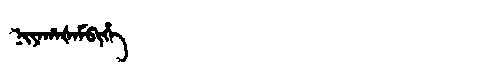
Manchu: ᠨᡳᠶᠠᡥᠠᡧᠠᠮᠪᡳᡥᡝ
Romanization: NIYAHAŠAMBIHE